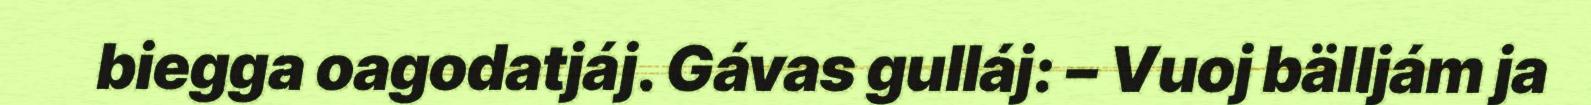
biegga oagodatjáj. Gávas gulláj: – Vuoj bälljám ja